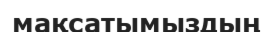
мақсатымыздың